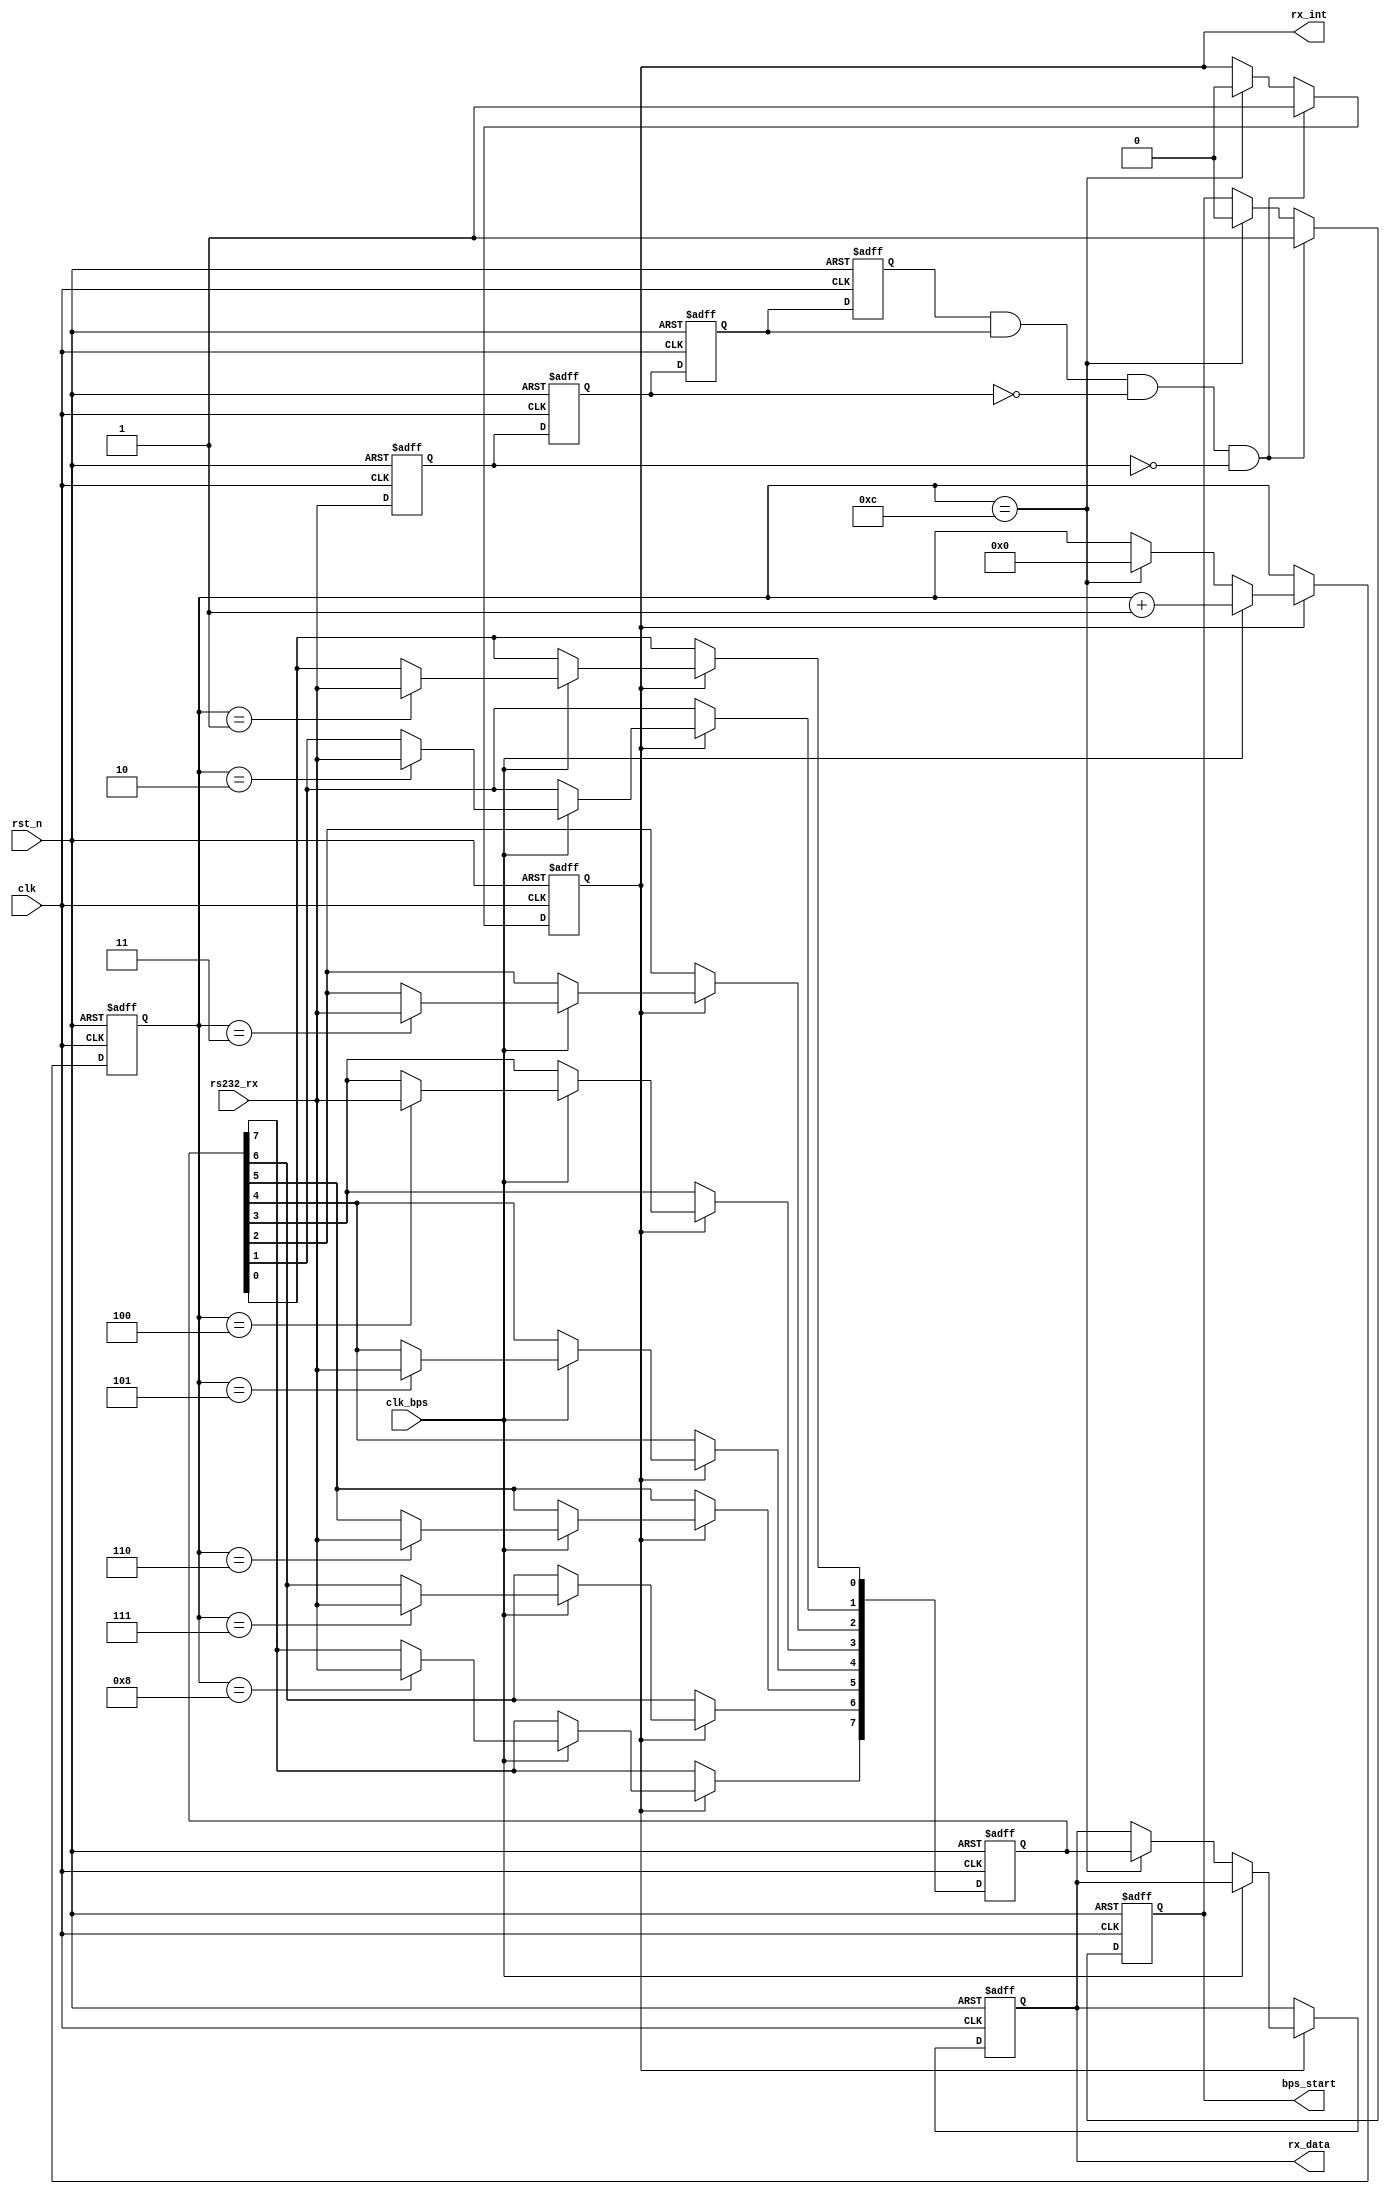
//----------------------------------------------------------------------------
//
// *File Name      :       uart_rx.v
// *Version        :
//                         1.0
// *Module Description:
//                         uart
//
// *Author(s)      :
//                        - Guodezheng cxhy1981@gmail.com,
// *LastChangeBy   :      guodezheng
// *CreatTime      :      2016-03-22 10:10:15
// *LastChangeTime :      2016-04-01 10:11:31
//----------------------------------------------------------------------------
`timescale 1ns / 1ps
module uart_rx(
                clk          ,
                rst_n        ,
                rs232_rx     ,
                rx_data      ,
                rx_int       ,
                clk_bps      ,
                bps_start
            );



input clk;
input rst_n;
input rs232_rx;
input clk_bps;
output bps_start;
output[7:0] rx_data;
output rx_int;


reg rs232_rx0,rs232_rx1,rs232_rx2,rs232_rx3;
wire neg_rs232_rx;

always @ (posedge clk or negedge rst_n) begin
    if(!rst_n) begin
            rs232_rx0 <= 1'b0;
            rs232_rx1 <= 1'b0;
            rs232_rx2 <= 1'b0;
            rs232_rx3 <= 1'b0;
        end
    else begin
            rs232_rx0 <= rs232_rx;
            rs232_rx1 <= rs232_rx0;
            rs232_rx2 <= rs232_rx1;
            rs232_rx3 <= rs232_rx2;
        end
end

assign neg_rs232_rx = rs232_rx3 & rs232_rx2 & ~rs232_rx1 & ~rs232_rx0;

//----------------------------------------------------------------
reg bps_start_r;
reg[3:0] num;
reg rx_int;

always @ (posedge clk or negedge rst_n)
    if(!rst_n) begin
            bps_start_r <= 1'bz;
            rx_int <= 1'b0;
        end
    else if(neg_rs232_rx) begin     //rs232_rx
            bps_start_r <= 1'b1;    //
            rx_int <= 1'b1;         //
        end
    else if(num==4'd12) begin       //
            bps_start_r <= 1'b0;    //
            rx_int <= 1'b0;         //
        end

assign bps_start = bps_start_r;

//----------------------------------------------------------------
reg[7:0] rx_data_r;     //
//----------------------------------------------------------------

reg[7:0] rx_temp_data;  //

always @ (posedge clk or negedge rst_n)
    if(!rst_n) begin
            rx_temp_data <= 8'd0;
            num <= 4'd0;
            rx_data_r <= 8'd0;
        end
    else if(rx_int) begin   //
        if(clk_bps) begin   //,8bit12
                num <= num+1'b1;
                case (num)
                        4'd1: rx_temp_data[0] <= rs232_rx;  //0bit
                        4'd2: rx_temp_data[1] <= rs232_rx;  //1bit
                        4'd3: rx_temp_data[2] <= rs232_rx;  //2bit
                        4'd4: rx_temp_data[3] <= rs232_rx;  //3bit
                        4'd5: rx_temp_data[4] <= rs232_rx;  //4bit
                        4'd6: rx_temp_data[5] <= rs232_rx;  //5bit
                        4'd7: rx_temp_data[6] <= rs232_rx;  //6bit
                        4'd8: rx_temp_data[7] <= rs232_rx;  //7bit
                        default: ;
                    endcase
            end
        else if(num == 4'd12) begin     //1+8+1(2)=11bit
                num <= 4'd0;            //STOP,num
                rx_data_r <= rx_temp_data;  //rx_data
            end
        end

assign rx_data = rx_data_r;

endmodule